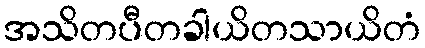
အသိတပီတခါယိတသာယိတံ